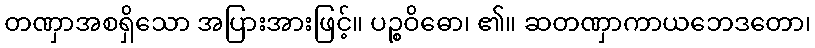
တဏှာအစရှိသော အပြားအားဖြင့်။ ပဉ္စဝိဓော၊ ၏။ ဆတဏှာကာယဘေဒတော၊